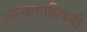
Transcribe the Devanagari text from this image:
अन्यायाविषयी